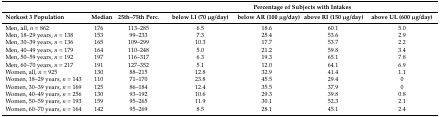
<table><thead><tr><td></td><td></td><td></td><td colspan="4"><b>Percentage of Subjects with Intakes</b></td></tr><tr><td><b>Norkost 3 Population</b></td><td><b>Median</b></td><td><b>25th–75th Perc.</b></td><td><b>below LI (70 μg/day)</b></td><td><b>below AR (100 μg/day)</b></td><td><b>above RI (150 μg/day)</b></td><td><b>above UL (600 μg/day)</b></td></tr></thead><tbody><tr><td>Men, all, <i>n</i> = 862</td><td>176</td><td>113–285</td><td>6.5</td><td>18.6</td><td>60.1</td><td>5.0</td></tr><tr><td>Men, 18–29 years, <i>n</i> = 138</td><td>153</td><td>99–233</td><td>7.3</td><td>25.4</td><td>53.6</td><td>2.9</td></tr><tr><td>Men, 30–39 years, <i>n</i> = 136</td><td>165</td><td>109–299</td><td>10.3</td><td>17.7</td><td>53.7</td><td>2.2</td></tr><tr><td>Men, 40–49 years, <i>n</i> = 179</td><td>164</td><td>110–248</td><td>5.0</td><td>21.2</td><td>59.8</td><td>3.4</td></tr><tr><td>Men, 50–59 years, <i>n</i> = 192</td><td>197</td><td>116–317</td><td>6.3</td><td>19.3</td><td>65.1</td><td>7.8</td></tr><tr><td>Men, 60–70 years, <i>n</i> = 217</td><td>191</td><td>127–352</td><td>5.1</td><td>12.0</td><td>64.1</td><td>6.9</td></tr><tr><td>Women, all, <i>n</i> = 925</td><td>130</td><td>88–215</td><td>12.8</td><td>32.9</td><td>41.4</td><td>1.1</td></tr><tr><td>Women, 18–29 years, <i>n</i> = 143</td><td>110</td><td>71–170</td><td>23.8</td><td>45.5</td><td>29.4</td><td>0</td></tr><tr><td>Women, 30–39 years, <i>n</i> = 169</td><td>125</td><td>86–184</td><td>12.4</td><td>35.5</td><td>37.9</td><td>0</td></tr><tr><td>Women, 40–49 years, <i>n</i> = 256</td><td>130</td><td>93–192</td><td>10.6</td><td>29.3</td><td>39.8</td><td>0.8</td></tr><tr><td>Women, 50–59 years, <i>n</i> = 193</td><td>159</td><td>95–265</td><td>11.9</td><td>30.1</td><td>52.3</td><td>2.1</td></tr><tr><td>Women, 60–70 years, <i>n</i> = 164</td><td>142</td><td>95–269</td><td>8.5</td><td>28.1</td><td>45.1</td><td>2.4</td></tr></tbody></table>